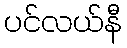
ပင်လယ်နီ